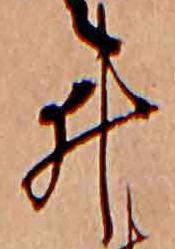
井